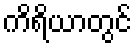
ကိရိယာတွင်